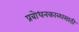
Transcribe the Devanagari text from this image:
प्रबोधनकाळासाठी